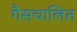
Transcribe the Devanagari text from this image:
गैसचालित